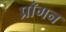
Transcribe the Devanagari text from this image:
प्राँगन